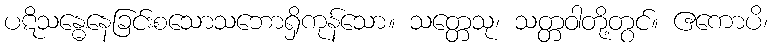
ပဋိသန္ဓေနေခြင်းစသောသဘောရှိကုန်သော။ သတ္တေသု၊ သတ္တဝါတို့တွင်။ ဧကောပိ၊